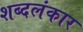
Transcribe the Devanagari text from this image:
शब्दलंकार